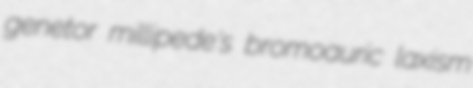
genetor millipede's bromoauric laxism